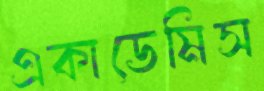
একাডেমিস